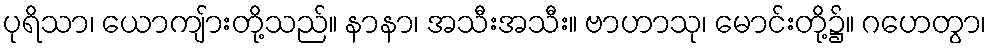
ပုရိသာ၊ ယောကျ်ားတို့သည်။ နာနာ၊ အသီးအသီး။ ဗာဟာသု၊ မောင်းတို့၌။ ဂဟေတွာ၊